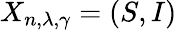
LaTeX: X_{n,\lambda,\gamma}=\left(S,I\right)